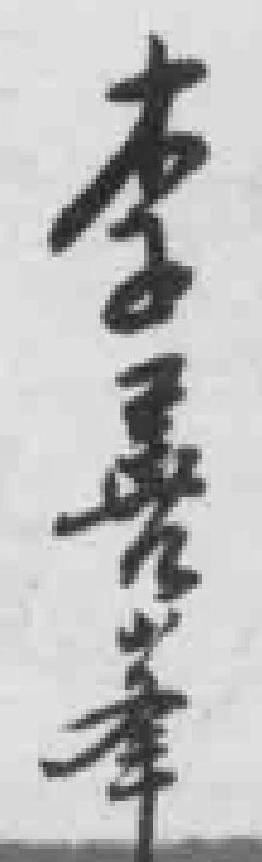
李善举